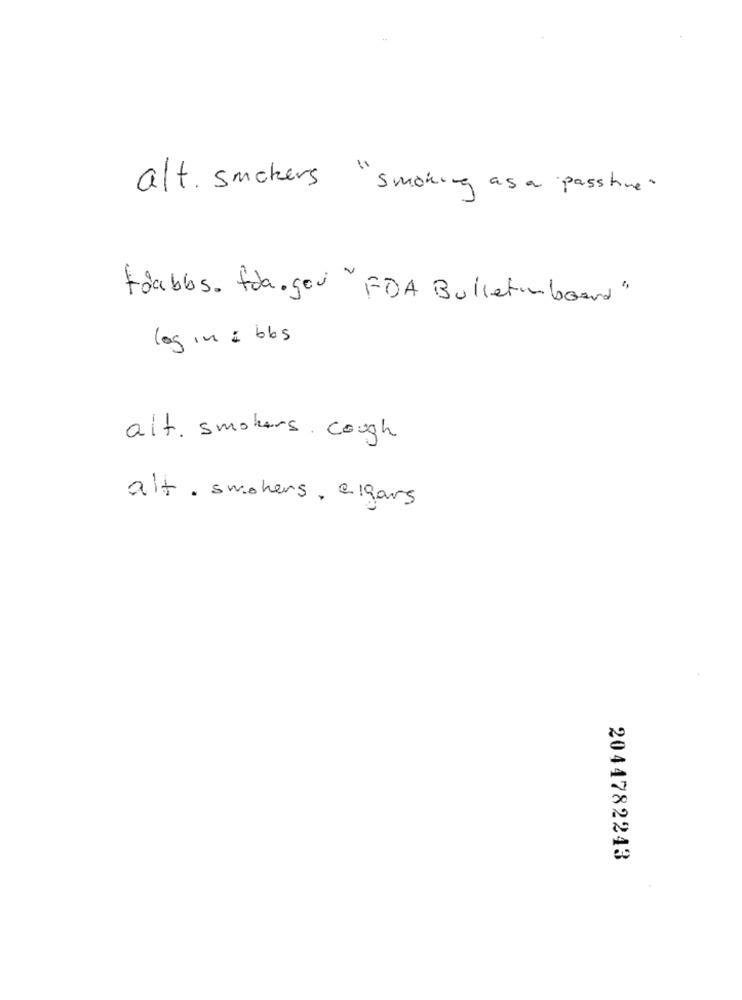
alt. smokers
smoking as a passhine "
toabbs. fra.gov "FDA Bulletinboard"
log in : bbs
alt. smokers. cough
alt . smokers , elgars
2044782243